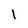
Character: I